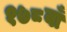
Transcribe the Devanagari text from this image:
१७८वाँ